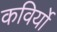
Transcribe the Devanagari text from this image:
कविर्यो